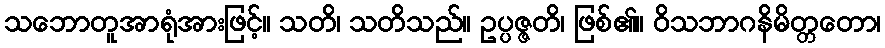
သဘောတူအာရုံအားဖြင့်။ သတိ၊ သတိသည်။ ဥပ္ပဇ္ဇတိ၊ ဖြစ်၏။ ဝိသဘာဂနိမိတ္တတော၊